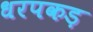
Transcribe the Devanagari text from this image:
धरपकड़